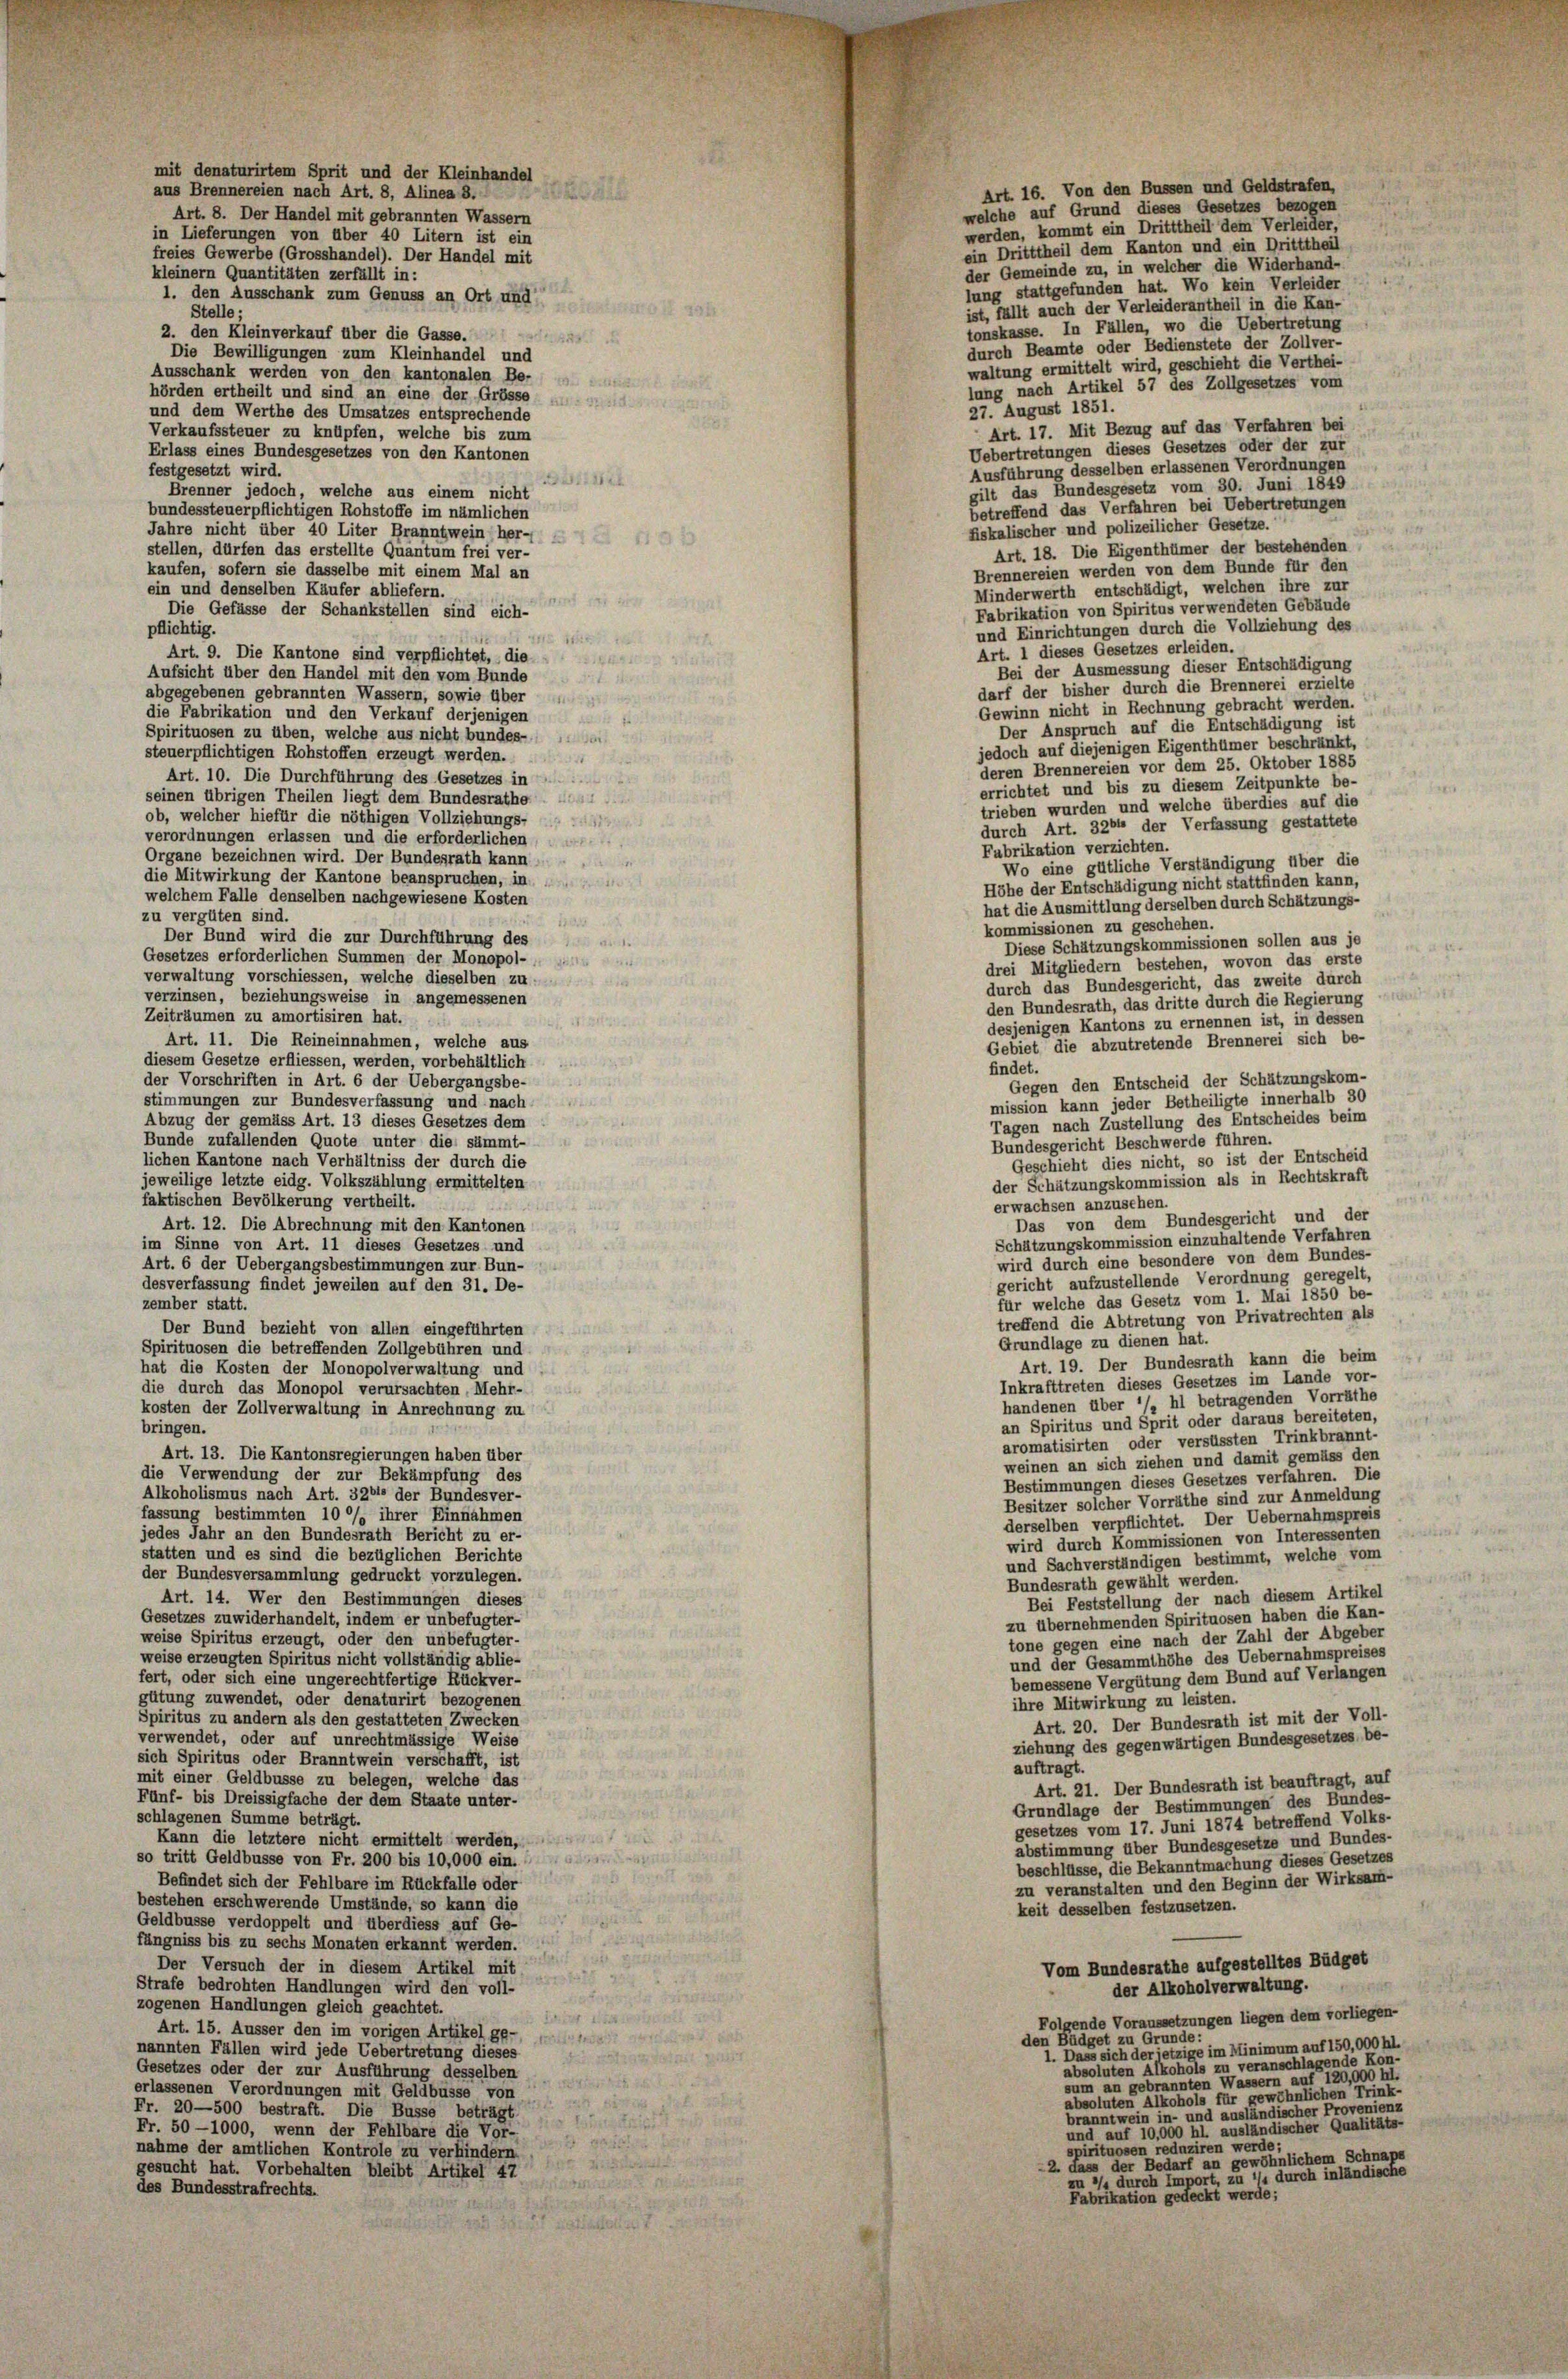
tem

freies Gewerbe (Grosshandel). Der Handel mit
kleinern Quantitäten zerfällt in:
1. den Ausschank zum Genuss an Ort und
Stelle:
2. den Kleinverkauf über die Gasse.
Die Bewilligungen zum Kleinhandel und
Ausschank werden von den kantonalen Be-
hörden ertheilt und sind an eine der Grösse
und dem Werthe des Umsatzes entsprechende
Verkaufssteuer zu knüpfen, welche bis zum
Erlass eines Bundesgesetzes von den Kantonen
festgesetzt wird.
Brenner jedoch, welche aus einem nicht
bundessteuerpflichtigen Rohstoffe im nämlichen
Jahre nicht über 40 Liter Branntwein her-
stellen, dürfen das erstellte Quantum frei ver-
kaufen, sofern sie dasselbe mit einem Mal an
ein und denselben Käufer abliefern.
Die Gefässe der Schankstellen sind eich-
pflichtig.
 445 A
Art. 9. Die Kantone sind verpflichtet, die
Aufsicht über den Handel mit den vom Bunde
abgegebenen gebrannten Wassern, sowie über
die Fabrikation und den Verkauf derjenigen
Spirituosen zu üben, welche aus nicht bundes- un
steuerpflichtigen Rohstoffen erzeugt werden.
Art. 10. Die Durchführung des Gesetzes in
seinen übrigen Theilen liegt dem Bundesrathe
ob, welcher hiefür die nöthigen Vollziehungs-
verordnungen erlassen und die erforderlichen
Organe bezeichnen wird. Der Bundesrath kann
die Mitwirkung der Kantone beanspruchen, in
welchem Falle denselben nachgewiesene Kosten
zu vergüten sind.
Der Bund wird die zur Durchführung des
Gesetzes erforderlichen Summen der Monopol-
verwaltung vorschiessen, welche dieselben zu
verzinsen, beziehungsweise in angemessenen
Zeiträumen zu amortisiren hat.
Art. 11. Die Reineinnahmen, welche aus
diesem Gesetze erfliessen, werden, vorbehältlich
der Vorschriften in Art. 6 der Uebergangsbe-
stimmungen zur Bundesverfassung und nach
Abzug der gemäss Art. 13 dieses Gesetzes dem
Bunde zufallenden Quote unter die sämmt-
lichen Kantone nach Verhältniss der durch die
jeweilige letzte eidg. Volkszählung ermittelten
faktischen Bevölkerung vertheilt.
s ist
Art. 12. Die Abrechnung mit den Kantonen
im Sinne von Art. 11 dieses Gesetzes und
Art. 6 der Uebergangsbestimmungen zur Bun-
desverfassung findet jeweilen auf den 31. De-
zember statt.
Der Bund bezieht von allen eingeführten
Spirituosen die betreffenden Zollgebühren und
hat die Kosten der Monopolverwaltung und
die durch das Monopol verursachten, Mehr-
kosten der Zollverwaltung in Anrechnung zu
bringen.
Art. 13. Die Kantonsregierungen haben über
die Verwendung der zur Bekämpfung des
Alkoholismus nach Art. 3201 der Bundesver-
fassung bestimmten 10% ihrer Einnahmen
jedes Jahr an den Bundesrath Bericht zu er-
statten und es sind die bezüglichen Berichte
der Bundesversammlung gedruckt vorzulegen.
Art. 14. Wer den Bestimmungen dieses
Gesetzes zuwiderhandelt, indem er unbefugter-
weise Spiritus erzeugt, oder den unbefugter
weise erzeugten Spiritus nicht vollständig ablie-
fert, oder sich eine ungerechtfertige Rückver-

gütung zuwendet, oder denaturirt bezogenen
Spiritus zu andern als den gestatteten Zwecken
1
verwendet, oder auf unrechtmässige Weise
sich Spiritus oder Branntwein verschafft, ist
1
mit einer Geldbusse zu belegen, welche das
2
Fünf- bis Dreissigfache der dem Staate unter-
e
schlagenen Summe beträgt.
Kann die letztere nicht ermittelt werden,
so tritt Geldbusse von Fr. 200 bis 10,000 ein.
Befindet sich der Fehlbare im Rückfalle oder
6
bestehen erschwerende Umstände, so kann die
Geldbusse verdoppelt und überdiess auf Ge-
fängniss bis zu sechs Monaten erkannt werden.
Der Versuch der in diesem Artikel mit
as 1387
Strafe bedrohten Handlungen wird den voll-
e
zogenen Handlungen gleich geachtet.
L
Art. 15. Äusser den im vorigen Artikel ge-
nannten Fällen wird jede Uebertretung dieses
a
Gesetzes oder der zur Ausführung desselben
e
erlassenen Verordnungen mit Geldbusse von
Fr. 20—500 bestraft. Die Busse beträgt
u
Fr. 50 —1000, wenn der Fehlbare die Vor-
S
nahme der amtlichen Kontrole zu verhindern
d
gesucht hat. Vorbehalten bleibt Artikel 47
244
des Bundesstrafrechts.

Sprit und der Kleinhandel
aus Brennereien nach Art. 8, Alinea 8.
Art. 8. Der Handel mit gebrannten Wassern
in Lieferungen von über 40 Litern ist ein

15
N 124

Art. 16. Von den Bussen und Geldstrafen,
welche auf Grund dieses Gesetzes bezogen
werden, kommt ein Dritttheil dem Verleider,
ein Dritttheil dem Kanton und ein Dritttheil
der Gemeinde zu, in welcher die Widerhand-
lung stattgefunden hat. Wo kein Verleider
ist, fällt auch der Verleiderantheil in die Kan-
tonskasse. In Fällen, wo die Uebertretung
durch Beamte oder Bedienstete der Zollver-
waltung ermittelt wird, geschieht die Verthei-
lung nach Artikel 57 des Zollgesetzes vom
27. August 1851.
Art. 17. Mit Bezug auf das Verfahren bei
Uebertretungen dieses Gesetzes oder der zur
Ausführung desselben erlassenen Verordnungen
gilt das Bundesgesetz vom 30. Juni 1849
betreffend das Verfahren bei Uebertretungen
fiskalischer und polizeilicher Gesetze.
Art. 18. Die Eigenthümer der bestehenden
Brennereien werden von dem Bunde für den
Minderwerth entschädigt, welchen ihre zur
Fabrikation von Spiritus verwendeten Gebäude
und Einrichtungen durch die Vollziehung des
Art. 1 dieses Gesetzes erleiden.
Bei der Ausmessung dieser Entschädigung
darf der bisher durch die Brennerei erzielte
Gewinn nicht in Rechnung gebracht werden.
Der Anspruch auf die Entschädigung ist
jedoch auf diejenigen Eigenthümer beschränkt,
deren Brennereien vor dem 25. Oktober 1885
errichtet und bis zu diesem Zeitpunkte be-
trieben wurden und welche überdies auf die
durch Art. 326 der Verfassung gestattete
Fabrikation verzichten.
Wo eine gütliche Verständigung über die
Höhe der Entschädigung nicht stattfinden kann,
hat die Ausmittlung derselben durch Schätzungs-
kommissionen zu geschehen.
Diese Schätzungskommissionen sollen aus je
drei Mitgliedern bestehen, wovon das erste
durch das Bundesgericht, das zweite durch
den Bundesrath, das dritte durch die Regierung
desjenigen Kantons zu ernennen ist, in desser
Gebiet die abzutretende Brennerei sich be-
findet.
Gegen den Entscheid der Schätzungskom-
mission kann jeder Betheiligte innerhalb 30
Tagen nach Zustellung des Entscheides beim
Bundesgericht Beschwerde führen.
Geschieht dies nicht, so ist der Entscheid
der Schätzungskommission als in Rechtskraft
erwachsen anzusehen
Das von dem Bundesgericht und der
Schätzungskommission einzuhaltende Verfahren
wird durch eine besondere von dem Bundes-
gericht aufzustellende Verordnung geregelt.
für welche das Gesetz vom 1. Mai 1850 be-
treffend die Abtretung von Privatrechten als
Grundlage zu dienen hat.
Art. 19. Der Bundesrath kann die beim
Inkrafttreten dieses Gesetzes im Lande vor-
handenen über ’/» hl betragenden Vorräthe
an Spiritus und Sprit oder daraus bereiteten,
aromatisirten oder versüssten Trinkbrannt
weinen an sich ziehen und damit gemäss den
Bestimmungen dieses Gesetzes verfahren. Die
Besitzer solcher Vorräthe sind zur Anmeldung
derselben verpflichtet. Der Uebernahmspreis
wird durch Kommissionen von Interessenten
und Sachverständigen bestimmt, welche vom
Bundesrath gewählt werden.
Bei Feststellung der nach diesem Artikel
zu übernehmenden Spirituosen haben die Kan-
tone gegen eine nach der Zahl der Abgeber
und der Gesammthöhe des Uebernahmspreises
bemessene Vergütung dem Bund auf Verlangen
ihre Mitwirkung zu leisten.
Art. 20. Der Bundesrath ist mit der Voll-
ziehung des gegenwärtigen Bundesgesetzes, be-
auftragt.
Art. 21. Der Bundesrath ist beauftragt, auf
Grundlage der Bestimmungen des Bundes-
gesetzes vom 17. Juni 1874 betreffend Volks
abstimmung über Bundesgesetze und Bundes-
beschlüsse, die Bekanntmachung dieses Gesetzes
zu veranstalten und den Beginn der Wirksam-
keit desselben festzusetzen.
Vom Bundesrathe aufgestelltes Büdget
der Alkoholverwaltung.
Folgende Voraussetzungen liegen dem vorliegen-
den Büdget zu Grunde:
1. Dass sich der jetzige im Minimum auf 150,000 hl.
absoluten Alkohols zu veranschlagende Kon-
sum an gebrannten Wassern auf 120,000 hl.
bsoluten Alkohols für gewöhnlichen Trink-
branntwein in- und ansländischer Provenienz
und auf 10,000 hl. ausländischer Qualitäts
spirituosen reduziren werde
2. dass der Bedarf an gewöhnlichem Schnap
zu ’/» durch Import, zu ’/« durch inländische